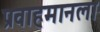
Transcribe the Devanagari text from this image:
प्रवाहमानला